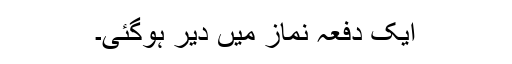
ایک دفعہ نماز میں دیر ہوگئی۔